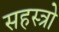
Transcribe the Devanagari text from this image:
सहस्त्रो